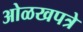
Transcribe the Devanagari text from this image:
ओळखपत्रे